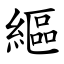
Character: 䌔